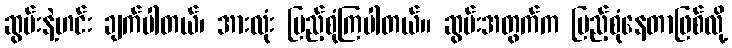
ဆွမ်းနဲ့ဟင်း ချက်ပါတယ်၊ အားလုံး ပြည့်စုံကြပါတယ်။ ဆွမ်းအတွက်က ပြည့်စုံနေတာဖြစ်လို့